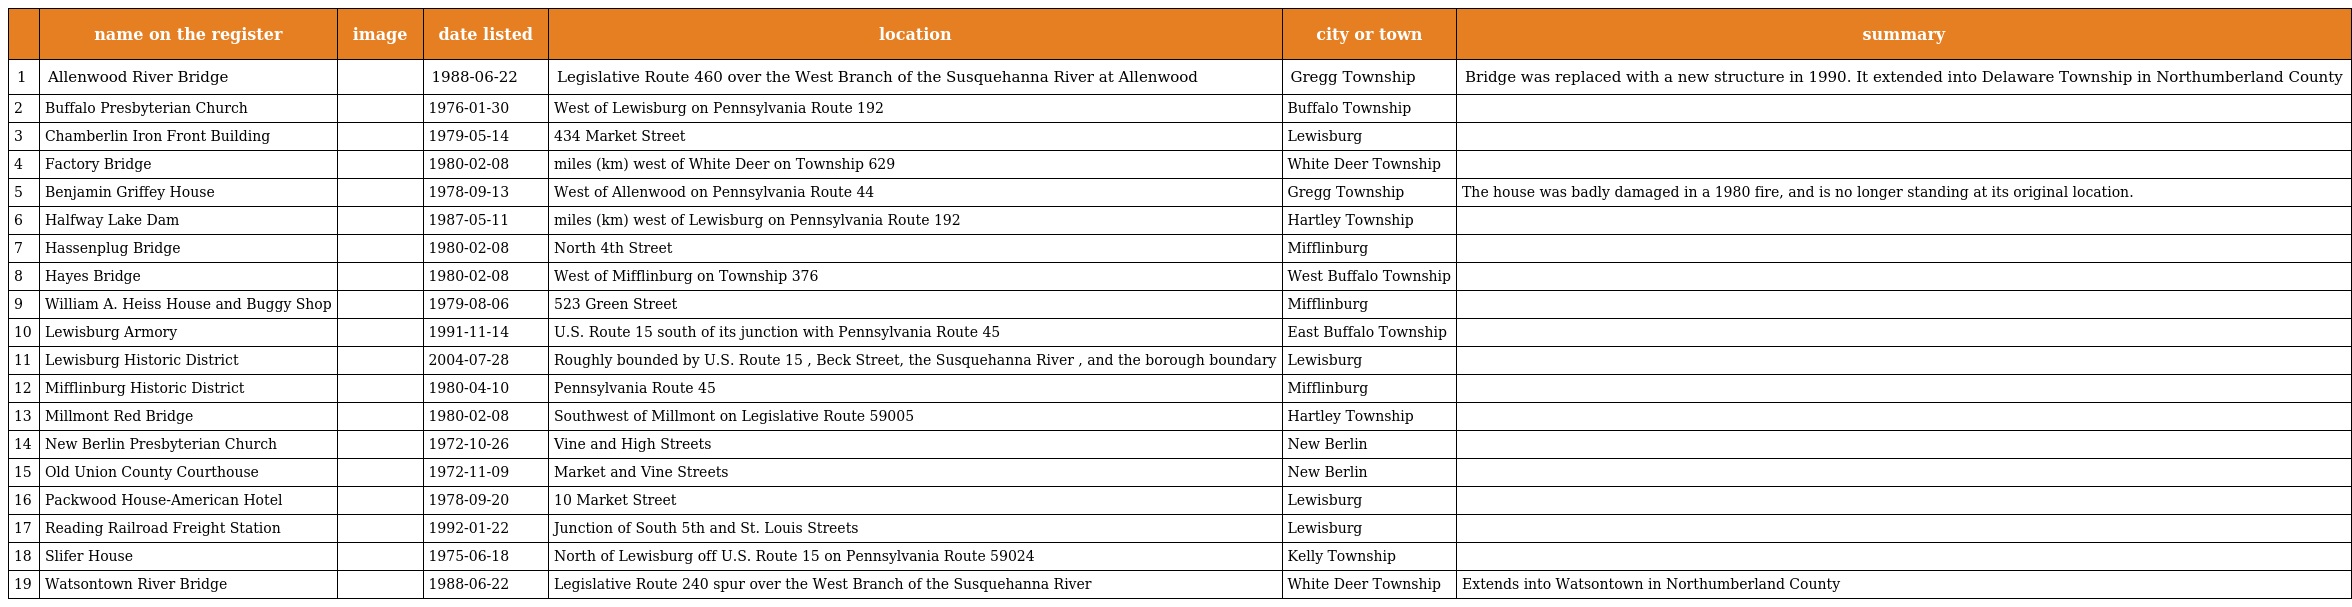
|  | name on the register | image | date listed | location | city or town | summary |
 | --- | --- | --- | --- | --- | --- | --- |
 | 1 | Allenwood River Bridge |  | 1988-06-22 | Legislative Route 460 over the West Branch of the Susquehanna River at Allenwood | Gregg Township | Bridge was replaced with a new structure in 1990. It extended into Delaware Township in Northumberland County |
 | 2 | Buffalo Presbyterian Church |  | 1976-01-30 | West of Lewisburg on Pennsylvania Route 192 | Buffalo Township |  |
 | 3 | Chamberlin Iron Front Building |  | 1979-05-14 | 434 Market Street | Lewisburg |  |
 | 4 | Factory Bridge |  | 1980-02-08 | miles (km) west of White Deer on Township 629 | White Deer Township |  |
 | 5 | Benjamin Griffey House |  | 1978-09-13 | West of Allenwood on Pennsylvania Route 44 | Gregg Township | The house was badly damaged in a 1980 fire, and is no longer standing at its original location. |
 | 6 | Halfway Lake Dam |  | 1987-05-11 | miles (km) west of Lewisburg on Pennsylvania Route 192 | Hartley Township |  |
 | 7 | Hassenplug Bridge |  | 1980-02-08 | North 4th Street | Mifflinburg |  |
 | 8 | Hayes Bridge |  | 1980-02-08 | West of Mifflinburg on Township 376 | West Buffalo Township |  |
 | 9 | William A. Heiss House and Buggy Shop |  | 1979-08-06 | 523 Green Street | Mifflinburg |  |
 | 10 | Lewisburg Armory |  | 1991-11-14 | U.S. Route 15 south of its junction with Pennsylvania Route 45 | East Buffalo Township |  |
 | 11 | Lewisburg Historic District |  | 2004-07-28 | Roughly bounded by U.S. Route 15 , Beck Street, the Susquehanna River , and the borough boundary | Lewisburg |  |
 | 12 | Mifflinburg Historic District |  | 1980-04-10 | Pennsylvania Route 45 | Mifflinburg |  |
 | 13 | Millmont Red Bridge |  | 1980-02-08 | Southwest of Millmont on Legislative Route 59005 | Hartley Township |  |
 | 14 | New Berlin Presbyterian Church |  | 1972-10-26 | Vine and High Streets | New Berlin |  |
 | 15 | Old Union County Courthouse |  | 1972-11-09 | Market and Vine Streets | New Berlin |  |
 | 16 | Packwood House-American Hotel |  | 1978-09-20 | 10 Market Street | Lewisburg |  |
 | 17 | Reading Railroad Freight Station |  | 1992-01-22 | Junction of South 5th and St. Louis Streets | Lewisburg |  |
 | 18 | Slifer House |  | 1975-06-18 | North of Lewisburg off U.S. Route 15 on Pennsylvania Route 59024 | Kelly Township |  |
 | 19 | Watsontown River Bridge |  | 1988-06-22 | Legislative Route 240 spur over the West Branch of the Susquehanna River | White Deer Township | Extends into Watsontown in Northumberland County |